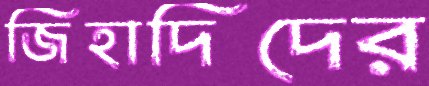
জিহাদিদের